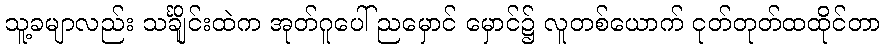
သူ့ခမျာလည်း သင်္ချိုင်းထဲက အုတ်ဂူပေါ် ညမှောင် မှောင်၌ လူတစ်ယောက် ငုတ်တုတ်ထထိုင်တာ